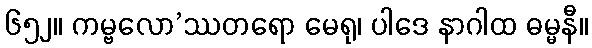
၆၅၂။ ကမ္ဗလော’ဿတရော မေရု၊ ပါဒေ နာဂါထ ဓမ္မနီ။